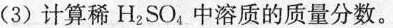
(3)计算稀H_{2|SO_{4|中溶质的质量分数。